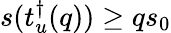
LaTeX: s(t_{u}^{\dagger}(q))\geq qs_{0}